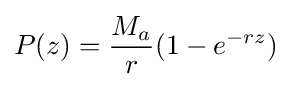
P(z)={\frac {M_{a}}{r}}(1-e^{-rz})